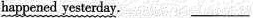
happened yesterday. ___